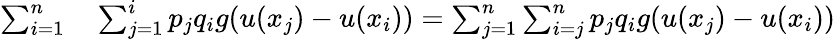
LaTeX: \begin{array}{rl}{\sum_{i=1}^{n}}&{{}\sum_{j=1}^{i}p_{j}q_{i}g(u(x_{j})-u(x_{i}))=\sum_{j=1}^{n}\sum_{i=j}^{n}p_{j}q_{i}g(u(x_{j})-u(x_{i}))}\end{array}